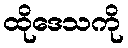
ထိုဒေသကို